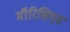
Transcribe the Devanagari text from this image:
मॉरिसिएन